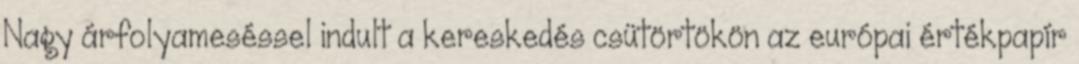
Nagy árfolyameséssel indult a kereskedés csütörtökön az európai értékpapír